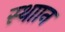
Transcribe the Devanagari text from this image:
स्थाान